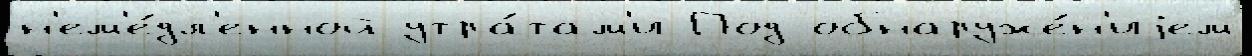
н'ем'е́дл'енной утра́там'и Под обнаруже́н'иjем